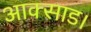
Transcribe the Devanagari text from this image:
आक्साड।